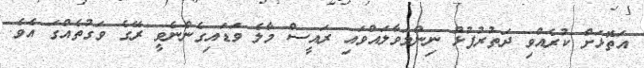
އަތޮޅަށް ކުރެއްވި ދަތުރުފުޅު ނިންމަވާލައްވައި ރައީސް މާލެ ވަޑައިގެންނެވީ ރޭގެ ވަގުތެއްގަ އެވެ.